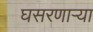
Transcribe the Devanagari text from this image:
घसरणाऱ्या